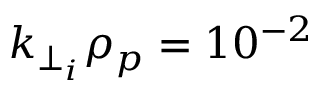
k _ { \perp _ { i } } \rho _ { p } = 1 0 ^ { - 2 }